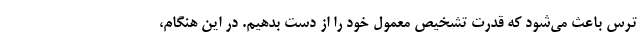
ترس باعث می‌شود که قدرت تشخیص معمول خود را از دست بدهیم. در این هنگام،